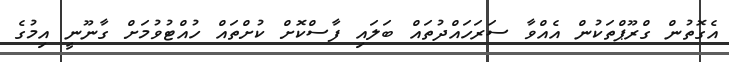
އެގޮތުން ގްރޫޕްތަކުން އެއްވާ ސަރަހައްދުތައް ބަލައި ފާސްކޮށް ކުށްތައް ހުއްޓުވުމަށް ގާނޫނީ އިމުގެ